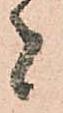
者